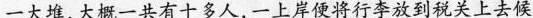
一大堆,大概一共有十多人,一上岸便将行李放到税关上去候